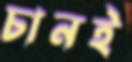
চানই